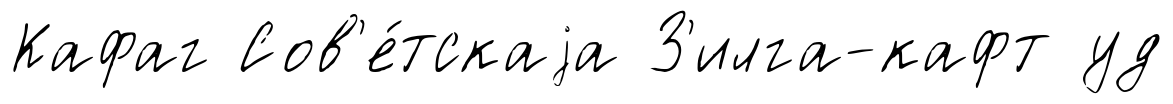
Кафаг Сов'е́тскаjа З'илга-кафт уд